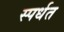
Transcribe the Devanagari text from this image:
स्पर्धत